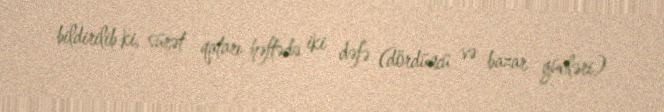
bildirilib ki, sürət qatarı həftədə iki dəfə (dördüncü və bazar günləri)